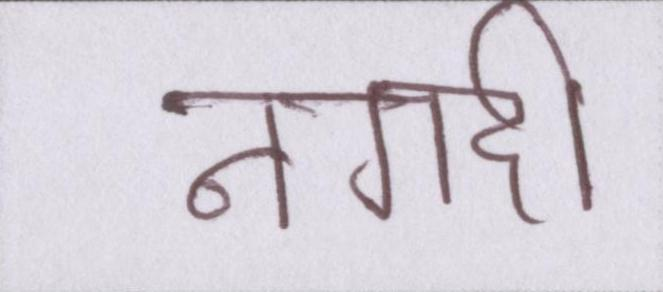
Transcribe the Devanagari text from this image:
नगदी